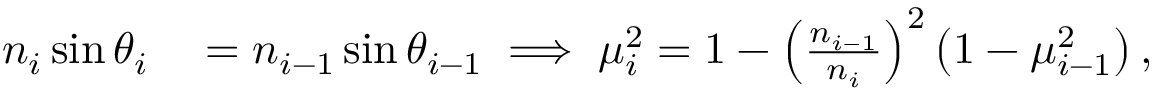
\begin{array} { r l } { n _ { i } \sin \theta _ { i } } & { { } = n _ { i - 1 } \sin \theta _ { i - 1 } \implies \mu _ { i } ^ { 2 } = 1 - \left( \frac { n _ { i - 1 } } { n _ { i } } \right) ^ { 2 } \left( 1 - \mu _ { i - 1 } ^ { 2 } \right) , } \end{array}